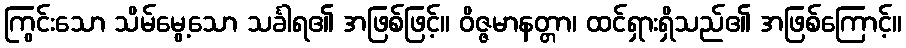
ကြွင်းသော သိမ်မွေ့သော သင်္ခါရ၏ အဖြစ်ဖြင့်။ ဝိဇ္ဇမာနတ္တာ၊ ထင်ရှားရှိသည်၏ အဖြစ်ကြောင့်။